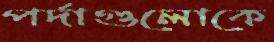
পর্দাগুলোকে